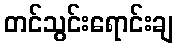
တင်သွင်းရောင်းချ